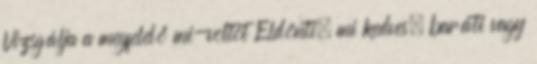
Vizsgálja a megfelelő mi-voltot Eldönti, mi kedves, baráti vagy